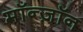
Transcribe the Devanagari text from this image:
मॉन्ज़ॉन